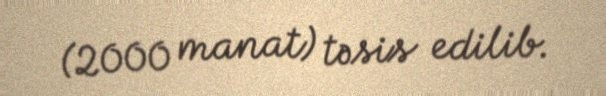
(2000 manat) təsis edilib.